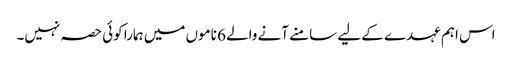
اس اہم عہدے کے لیے سامنے آنے والے 6 ناموں میں ہمارا کوئی حصہ نہیں۔